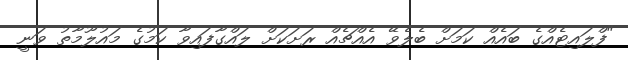
"ފްލައިޓެއްގެ ބައެއް ކަމަށް ބެލެވޭ އެއްޗެއް ރަށަކަށް ލައްގާފައިވާ ކަމުގެ މައުލޫމާތު ވަނީ